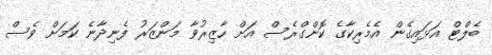
ބެލްޓް އަޅައިގެން އެމެރިކާގެ ކޮންގްރެސް އަށް ހާޒިރުވާ މަންޒަރު ފެނިދާނެ ކަމަށް ވެސް